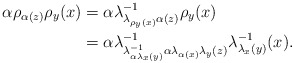
\begin{align*}\alpha\rho_{\alpha(z)}\rho_{y}(x) & =\alpha\lambda_{\lambda_{\rho_{y}(x)}\alpha(z)}^{-1}\rho_{y}(x) \\ & =\alpha\lambda_{\lambda_{\alpha\lambda_{x}(y)}^{-1}\alpha\lambda_{\alpha(x)}\lambda_{y}(z)}^{-1}\lambda_{\lambda_{x}(y)}^{-1}(x).\end{align*}